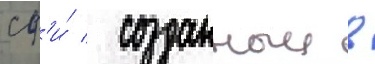
сф'и́ / созданныи в